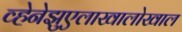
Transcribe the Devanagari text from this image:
व्हेनेझुएलाखालोखाल